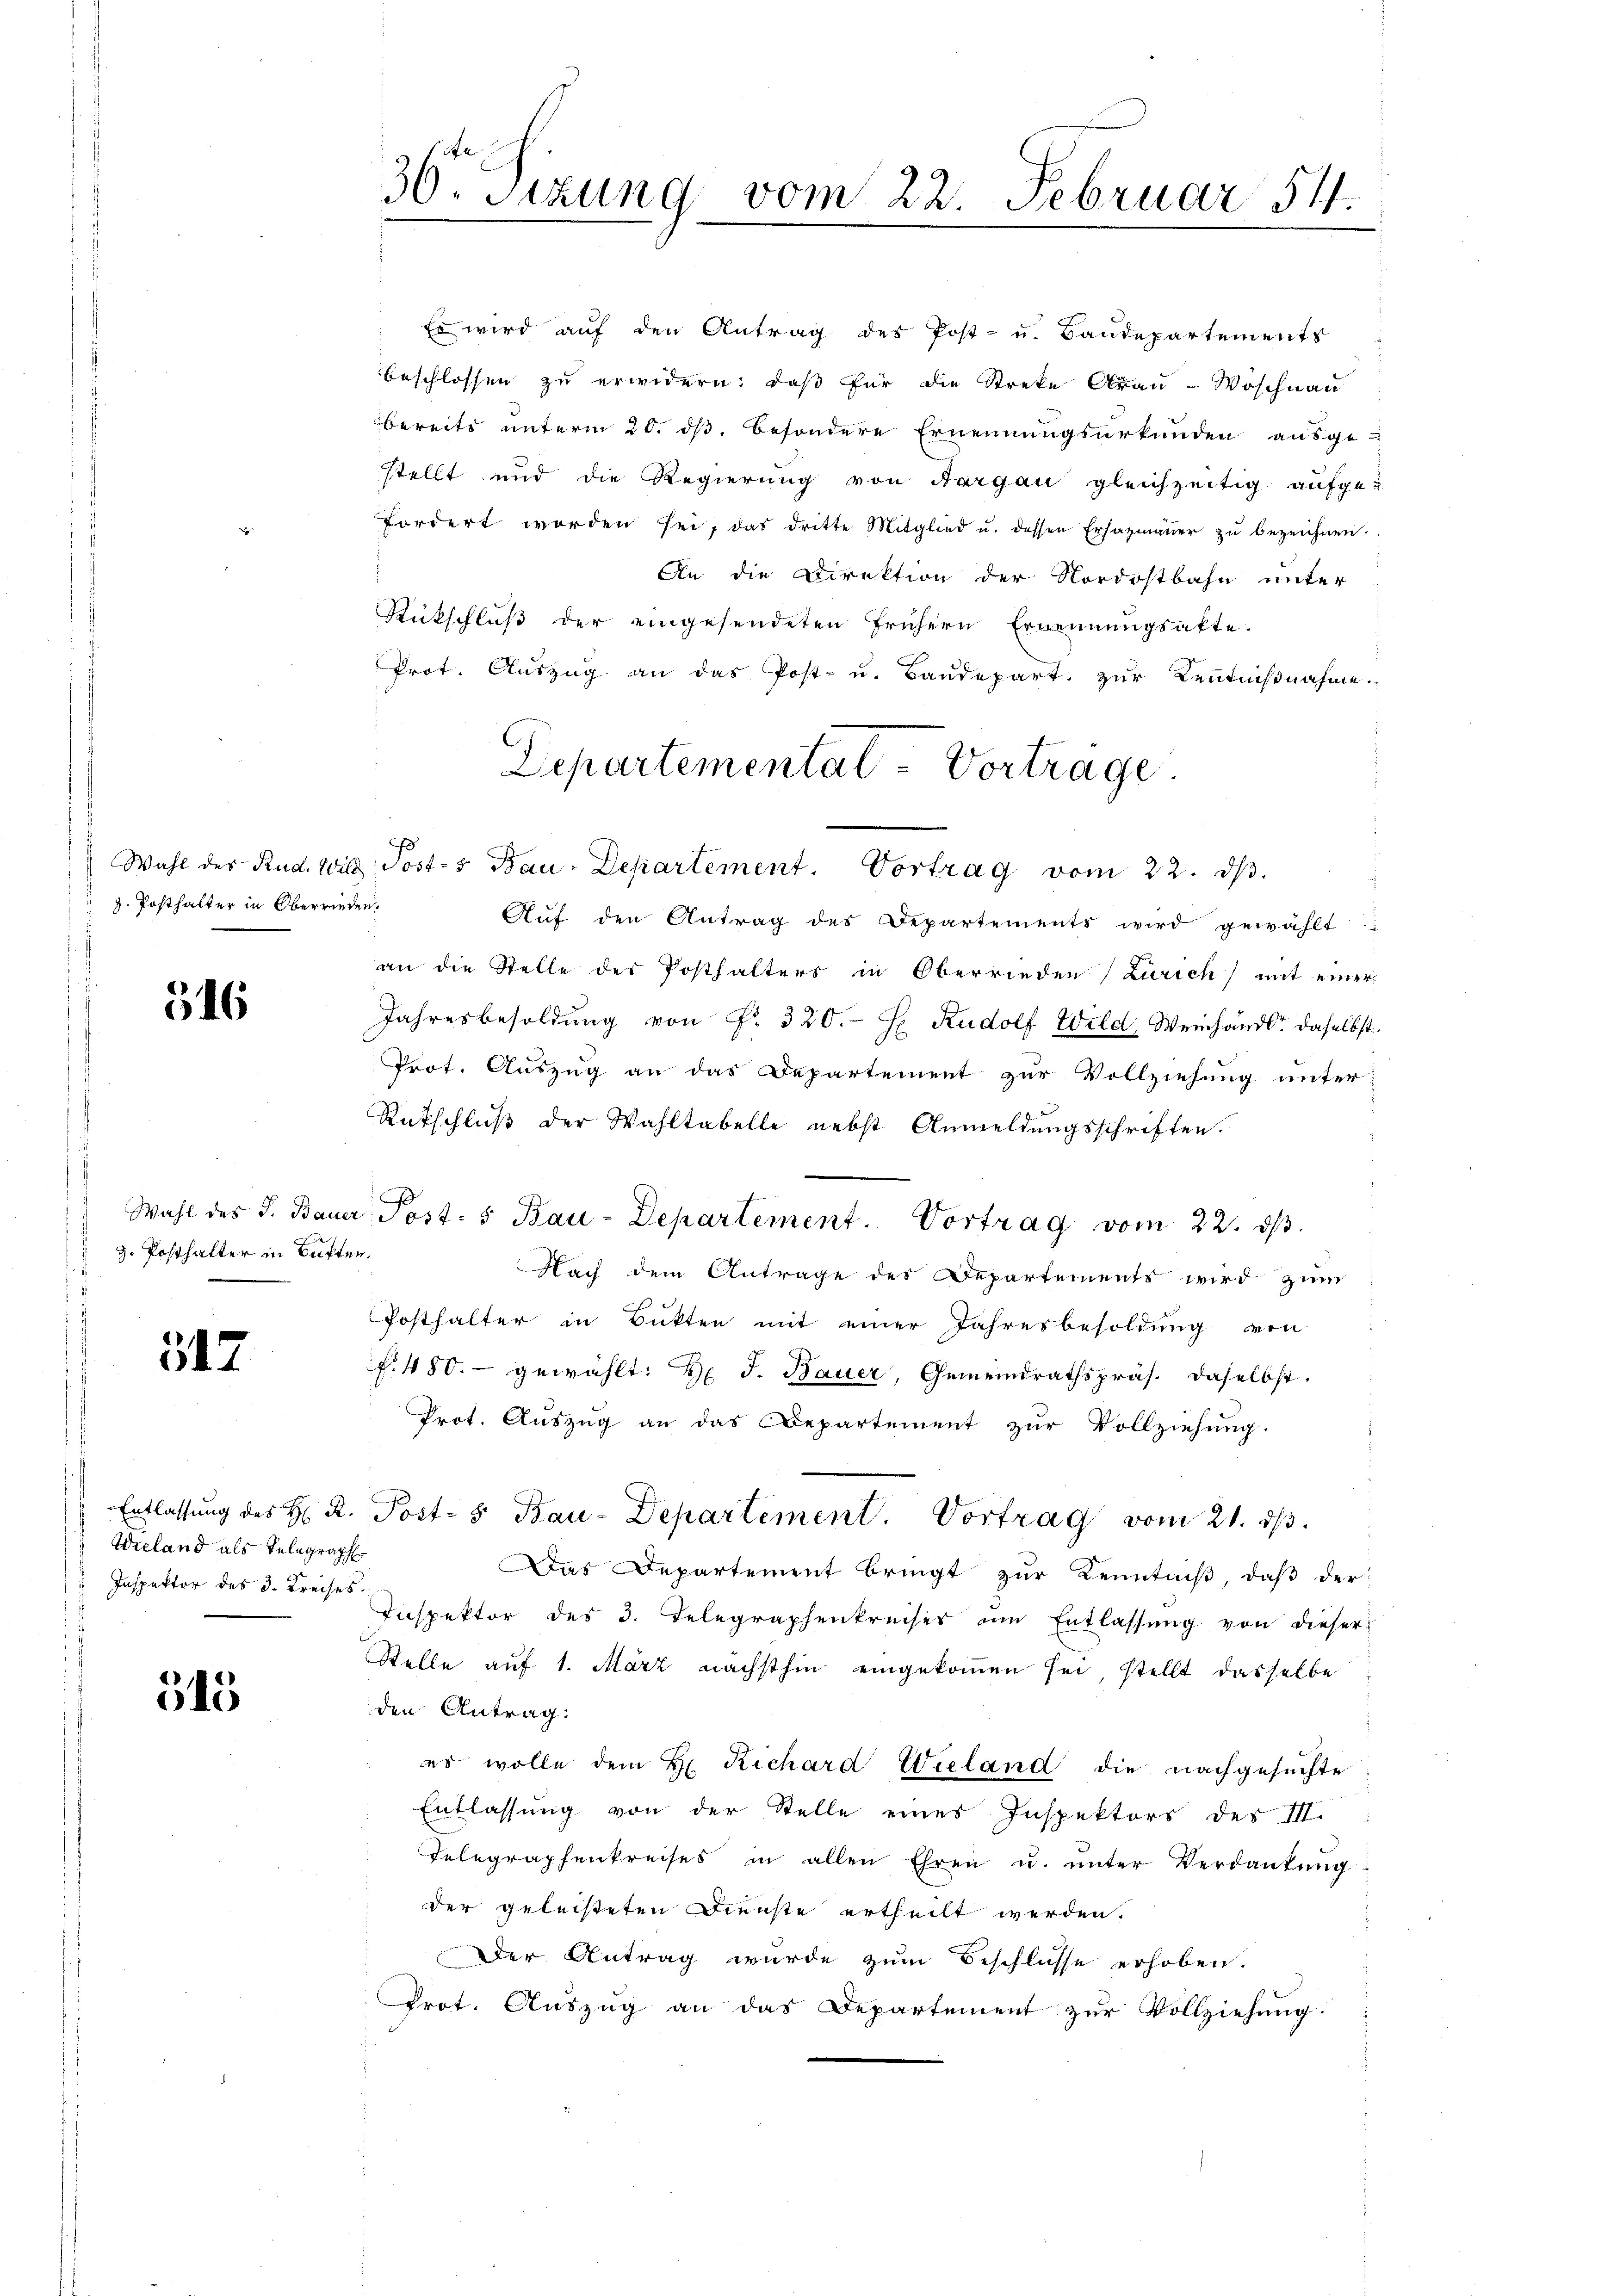
z. Posthalter in Oberrieden.

516

z. Posthalter in Butter.
s

517

Wieland als Telegraph
u Inspektor des 3. Kreises

545

30. Sitzung vom 22. Februar 54.

Es wird auf den Antrag des Post- u. Baudepartements
beschlossen zu erwidern; daß für die Streke Grau-Woschnau
bereits unterm 20. ds. besondere Ernennungsurkunden ausge-
stellt und die Regierung von Aargau gleichzeitig aufgefordert worden sei, das dritte Mitglied u. dessen Ersazmaŭer zŭ bezeichnen.
An die Direktion der Nordostbahn unter
Rückschlŭβ der eingesendeten frühern Ernennungsakte.
Prot. Auszug an das Post- u. Baudepart. zur Kenntnißnahme.
Aŭf den Antrag des Departements wird gewählt:
an die Stelle der Posthalters in Oberrieden (Zürich) mit einer
Jahresbesoldung von Fr. 320. H. Rudolf Wild, Weinhändle daselbst
Prot. Auszug an das Departement zur Vollziehung unter-
Rückschluß der Wahltabelle nebst Anmeldungsschriften.
Wahl des J. Bauer Post- 5 Bau-Departement. Vortrag vom 22. ds.
Nach dem Antrage des Departements wird zum
Posthalter in Butten mit einer Jahresbesoldung von
f. 480.- gewählt: Hr. J. Bauer, Gemeindrathspräs. daselbst.
Prot. Auszug an das Departement zur Vollziehung.
Entlassung des H. R. Post- 5. Bau-Departement. Vortrag vom 21. 23.
Das Departement bringt zur Kenntniß, daβ der
Inspektor des 3. Telegraphenkreises am Entlassŭng von dieser
Stelle auf 1. März nächsthin eingekommen sei, stellt dasselbe
den Antrag.
es wolle dem H. Richard Wieland die nachgesuchte
Entlassung von der Stelle eines Inspektors des III.
Telegraphenkreises in allen Ehren u. ŭnter Verdankŭng
der geleisteten Dienste ertheilt werden.
Der Antrag wurde zum Beschlüsse erhoben.
Prot. Auszug an das Departement zur Vollziehung.

Departementat-Vortrage
Wahl der Rud. Wild Posts Bau-Departement. Vortrag vom 22. dβ.